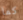
كما